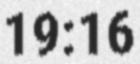
19:16